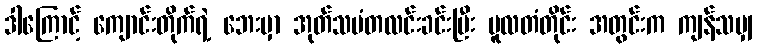
ဒါကြောင့် ကျောင်းတိုက်ရဲ့ ဘေးမှာ အုတ်သမံတလင်းခင်းပြီး မူလတံတိုင်း အတွင်းက ကျန်သမျှ